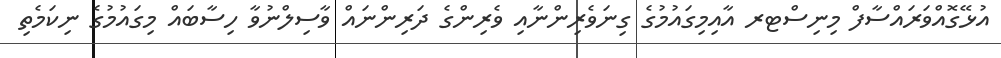
އުޅޭގޮއްވަރައްސާފް މިނިސްޓރ އާއިމިގައުމުގެ ގިނަވެރިންނާއި ވެރިންގެ ދަރިންނައް ވާސިލްނުވާ ހިސާބައް މިގައުމުގެ ނިކަމެތި